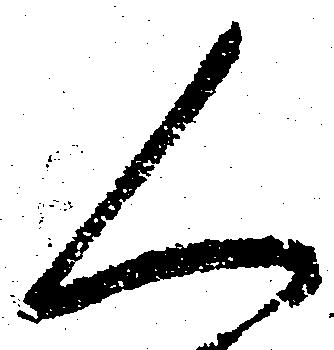
人